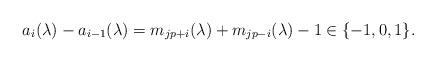
LaTeX: \begin{align*}a_i(\lambda)-a_{i-1}(\lambda)=m_{jp+i}(\lambda)+m_{jp-i}(\lambda)-1 \in\{-1,0,1\}.\end{align*}